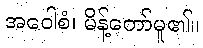
အဝေါစံ၊ မိန့်တော်မူ၏။